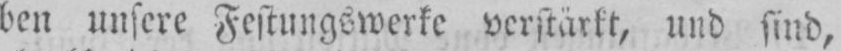
ben unsere Festungswerke verstärkt, und sind,